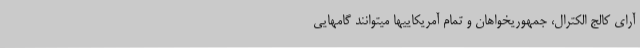
آرای کالج الکترال، جمهوریخواهان و تمام آمریکاییها میتوانند گامهایی